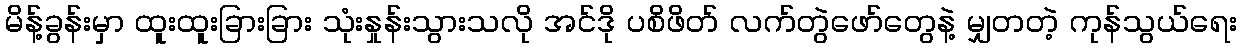
မိန့်ခွန်းမှာ ထူးထူးခြားခြား သုံးနှုန်းသွားသလို အင်ဒို ပစိဖိတ် လက်တွဲဖော်တွေနဲ့ မျှတတဲ့ ကုန်သွယ်ရေး